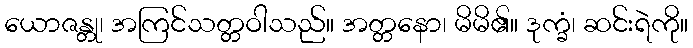
ယောဇန္တု၊ အကြင်သတ္တဝါသည်။ အတ္တနော၊ မိမိ၏။ ဒုက္ခံ၊ ဆင်းရဲကို။